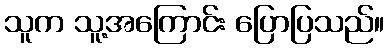
သူက သူ့အကြောင်း ပြောပြသည်။